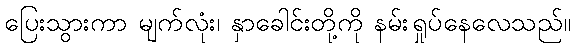
ပြေးသွားကာ မျက်လုံး၊ နှာခေါင်းတို့ကို နမ်းရှုပ်နေလေသည်။